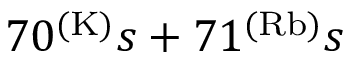
7 0 ^ { ( \mathrm { K ) } } s + 7 1 ^ { ( \mathrm { R b ) } } s